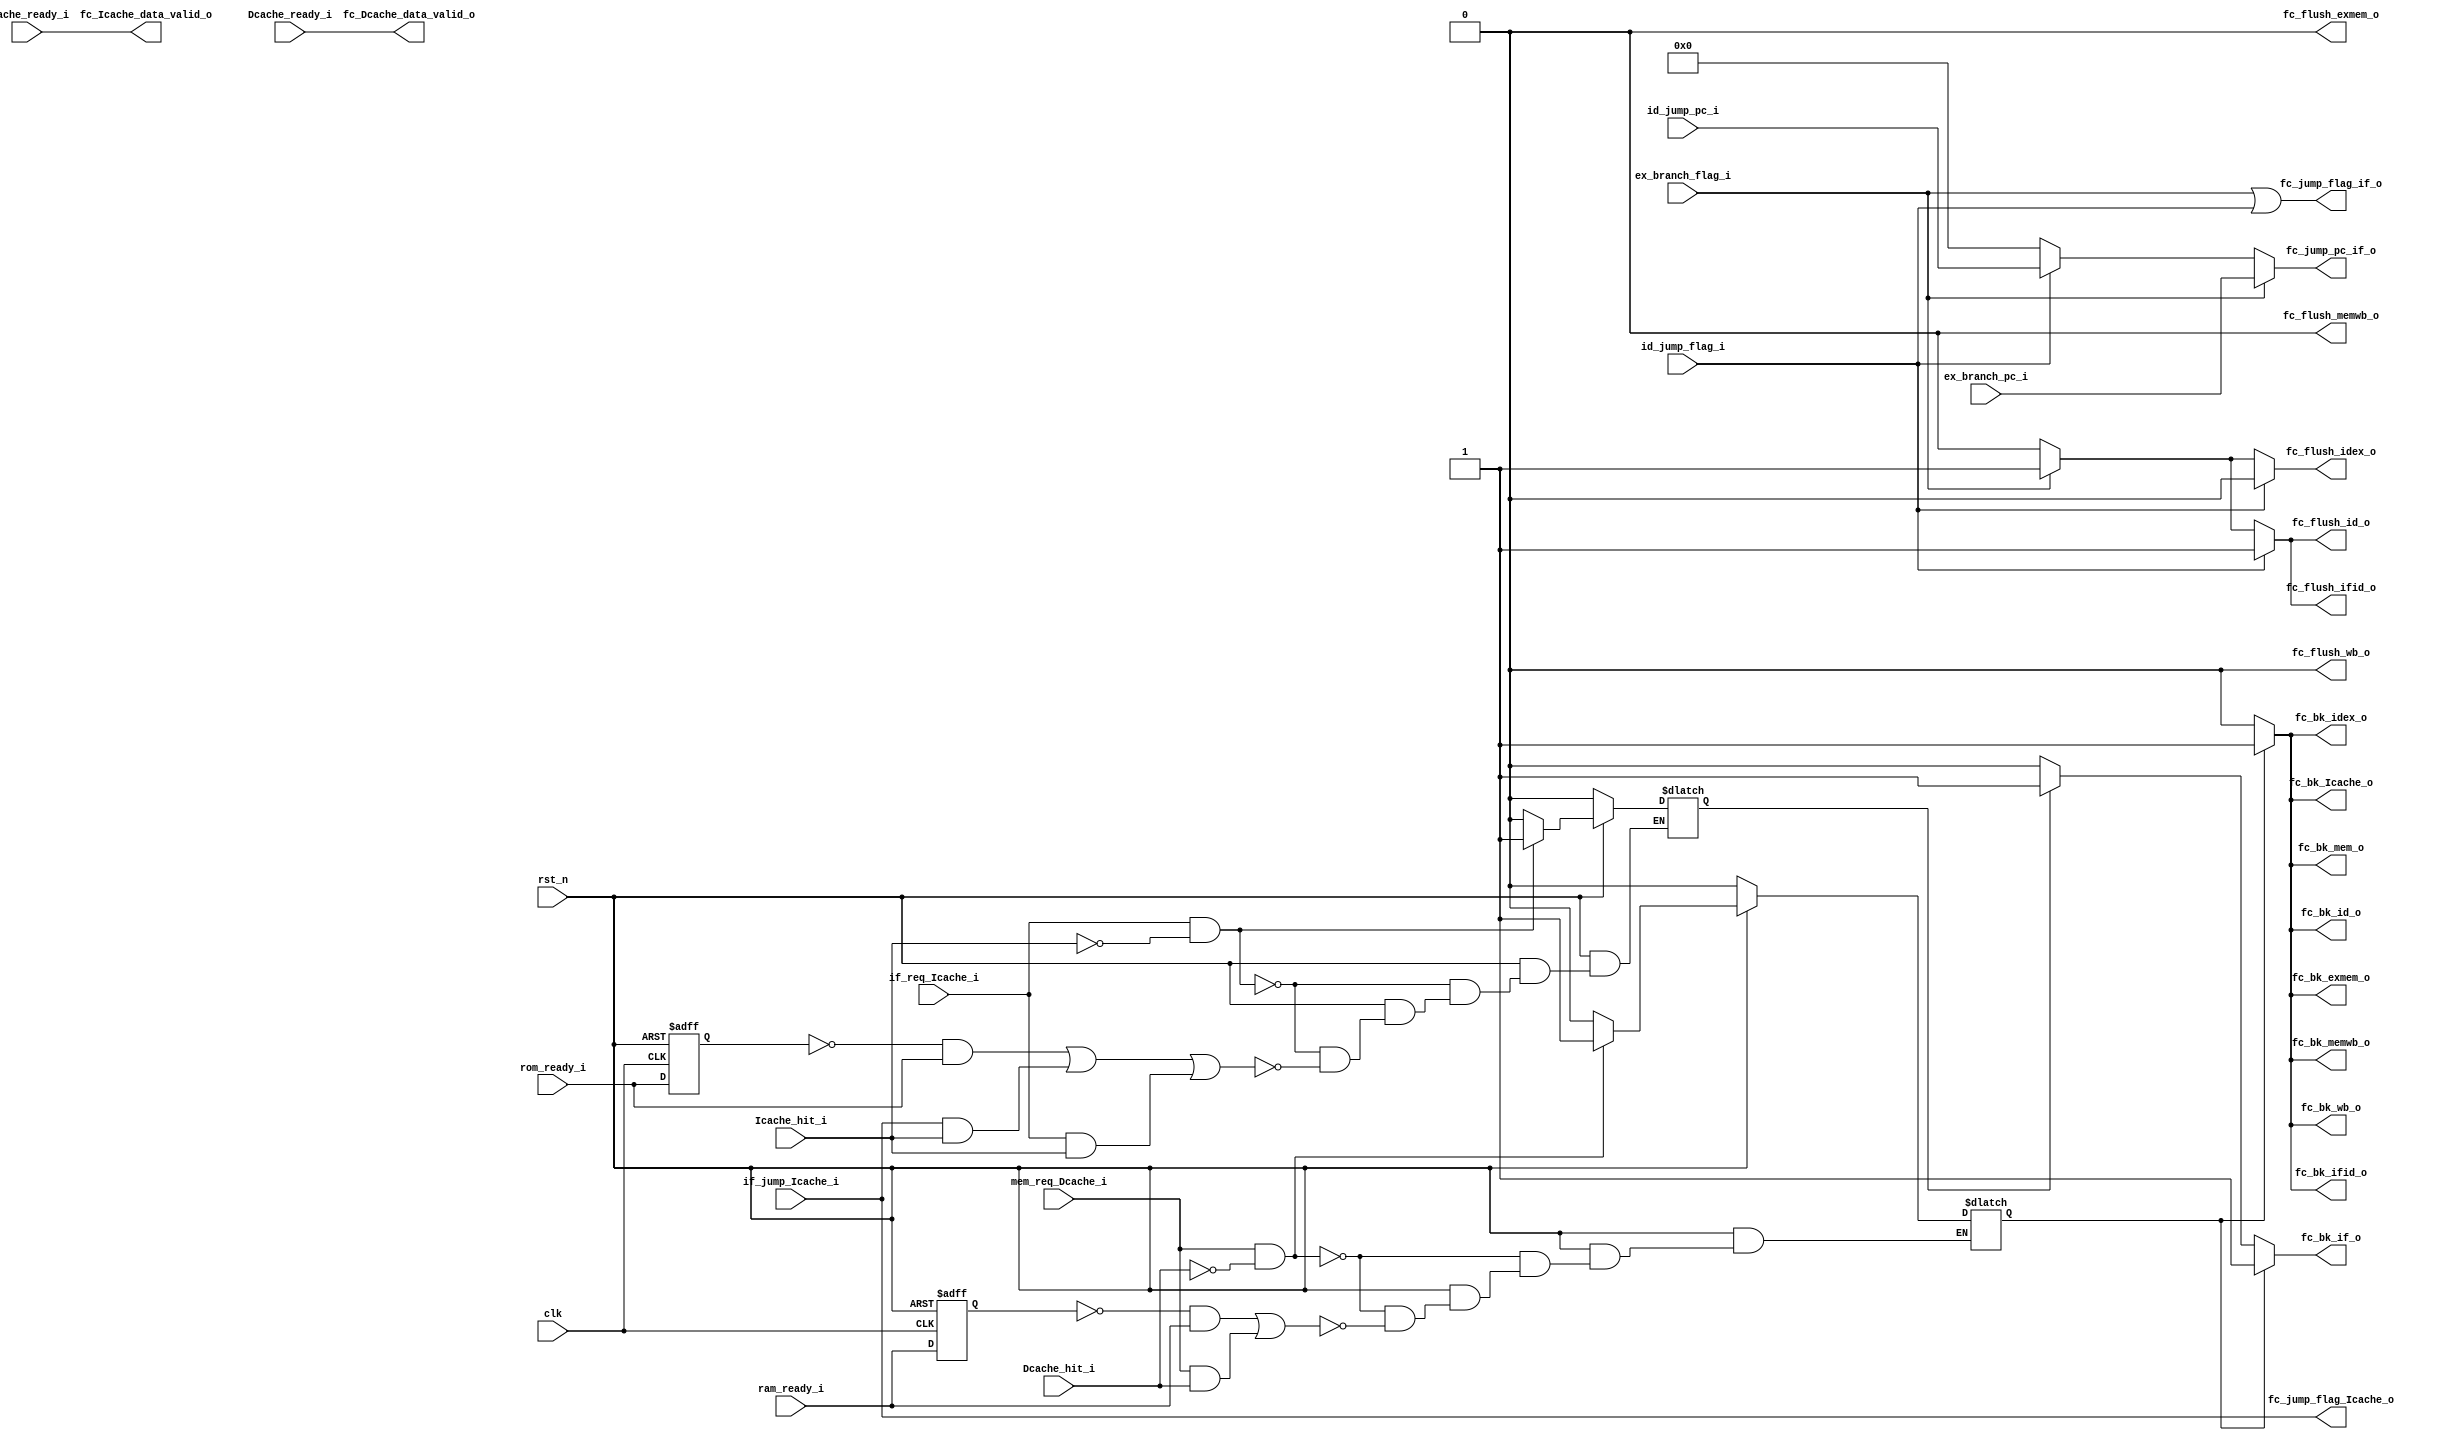
module Flow_Ctrl(                  //Flush, Stall, Jump

    input   wire                    clk,
    input   wire                    rst_n,
    

//-------------------------jump
    //from id
    input   wire                    id_jump_flag_i,
    input   wire            [31:0]  id_jump_pc_i,
    //from ex
    input   wire                    ex_branch_flag_i,
    input   wire            [31:0]  ex_branch_pc_i,
//-------------------------------

    //from if
    input   wire                    if_req_Icache_i,
    input   wire                    if_jump_Icache_i,


    //from Icache
    input   wire                    Icache_ready_i,
    input   wire                    Icache_hit_i,
    //to id
    output  wire                    fc_Icache_data_valid_o,


    //from Dcache
    input   wire                    Dcache_ready_i,
    input   wire                    Dcache_hit_i,
    //to wb
    output  wire                    fc_Dcache_data_valid_o,


    //from rom
    input   wire                    rom_ready_i,

    //from ram
    input   wire                    ram_ready_i,

    //from mem
    input   wire                    mem_req_Dcache_i,


//-------Flush: Jal,Jalr,Btype ------- to if_id_reg, id_ex_reg, 
//pc, Icache, id_inst(to clean)
    
    
    output  reg                     fc_flush_ifid_o,
    output  reg                     fc_flush_idex_o,
    output  reg                     fc_flush_exmem_o,
    output  reg                     fc_flush_memwb_o,
    output  reg                     fc_flush_id_o,
    output  reg                     fc_flush_wb_o,


    output  wire            [31:0]  fc_jump_pc_if_o,
    output  wire                    fc_jump_flag_if_o,

    output  wire                    fc_jump_flag_Icache_o,



//-------Stall(Back) and Keep: Icache miss, Dcache miss ------- to pc, id_inst, if_id_reg,
//id_ex_reg, ex_mem_reg, mem_wb_reg

    output  reg                     fc_bk_if_o,
    output  reg                     fc_bk_id_o,
    output  reg                     fc_bk_mem_o,
    output  reg                     fc_bk_wb_o,

    output  reg                     fc_bk_ifid_o,
    output  reg                     fc_bk_idex_o,
    output  reg                     fc_bk_exmem_o,
    output  reg                     fc_bk_memwb_o,

    output  reg                     fc_bk_Icache_o
    
);

assign fc_jump_flag_Icache_o = if_jump_Icache_i;   //Icache jump


//----------------from Icache  -- for stall
reg rom_ready_buffer;

reg Icache_stall_flag;

    always@(posedge clk or negedge rst_n) begin  //lap one cycle to find up edge of rom
        if(rst_n == 1'b0) begin                  
            rom_ready_buffer <= 1'b0;
        end
        else begin
            rom_ready_buffer <= rom_ready_i;
        end
    
    end 

    always@(*) begin
        if(rst_n == 1'b0) begin
            Icache_stall_flag = 1'b0;
        end

        else if(if_req_Icache_i == 1'b1 && Icache_hit_i == 1'b0) begin // hit can be get instantly    ---------------------------------no delay so no need to back
            Icache_stall_flag = 1'b1;                                   //notice: has a first and second sequence in a time
        end                                                     //priority is higher than next branch


        else if( (rom_ready_buffer == 1'b0 && rom_ready_i == 1'b1) || (if_jump_Icache_i == 1'b1 && Icache_hit_i == 1'b1) ||              //
                (if_req_Icache_i == 1'b1 && Icache_hit_i == 1'b1) ) begin
            Icache_stall_flag = 1'b0;
        end
        
        else 
            Icache_stall_flag = Icache_stall_flag;
    end

assign fc_Icache_data_valid_o = Icache_ready_i;

//-------------from Dcache   --for stall
reg ram_ready_buffer;

reg Dcache_stall_flag;

always@(posedge clk or negedge rst_n) begin  //lap one cycle to find up edge,for proper cycle
    if(rst_n == 1'b0) begin
        ram_ready_buffer <= 1'b0;
    end
    else begin
        ram_ready_buffer <= ram_ready_i;
    end
end 

always@(*) begin
    if(rst_n == 1'b0)
        Dcache_stall_flag = 1'b0;
    else if(mem_req_Dcache_i == 1'b1 && Dcache_hit_i == 1'b0)
        Dcache_stall_flag = 1'b1;
    else if(ram_ready_buffer == 1'b0 && ram_ready_i == 1'b1 || (mem_req_Dcache_i == 1'b1 && Dcache_hit_i == 1'b1) )  // one open condition
        Dcache_stall_flag = 1'b0;
end

assign fc_Dcache_data_valid_o = Dcache_ready_i;



//--------------for stall
always@(*)begin
    fc_bk_if_o = 1'b0;
    fc_bk_id_o = 1'b0;
    fc_bk_mem_o = 1'b0;
    fc_bk_wb_o = 1'b0;

    fc_bk_ifid_o = 1'b0;
    fc_bk_idex_o = 1'b0;
    fc_bk_exmem_o = 1'b0;
    fc_bk_memwb_o = 1'b0;

    fc_bk_Icache_o = 1'b0;

    if(Icache_stall_flag == 1'b1)begin
        fc_bk_if_o = 1'b1;
    end

    if(Dcache_stall_flag == 1'b1)begin
        fc_bk_if_o = 1'b1;
        fc_bk_id_o = 1'b1;
        fc_bk_mem_o = 1'b1;
        fc_bk_wb_o = 1'b1;

        fc_bk_ifid_o = 1'b1;
        fc_bk_idex_o = 1'b1;
        fc_bk_exmem_o = 1'b1;
        fc_bk_memwb_o = 1'b1;

        fc_bk_Icache_o = 1'b1;
    end

end






//------------------- for flush

assign fc_jump_flag_if_o = ex_branch_flag_i | id_jump_flag_i;
assign fc_jump_pc_if_o = ex_branch_flag_i ? ex_branch_pc_i : 
                            id_jump_flag_i ? id_jump_pc_i : 32'h0;


always@(*)begin

    fc_flush_ifid_o = 1'b0;
    fc_flush_idex_o = 1'b0;
    fc_flush_exmem_o = 1'b0;
    fc_flush_memwb_o = 1'b0;
    fc_flush_id_o = 1'b0; 
    fc_flush_wb_o = 1'b0;

    if(id_jump_flag_i == 1'b1)begin  //jtype
        fc_flush_ifid_o = 1'b1;
        fc_flush_id_o = 1'b1;
    end
    else if(ex_branch_flag_i == 1'b1)begin //btype
        fc_flush_ifid_o = 1'b1;
        fc_flush_idex_o = 1'b1;
        fc_flush_id_o = 1'b1; 
    end
    
end


endmodule